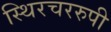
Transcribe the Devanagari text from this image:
स्थिरचररुपी